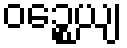
ဝဉ္စေယျ